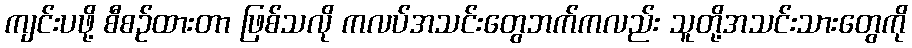
ကျင်းပဖို့ စီစဉ်ထားတာ ဖြစ်သလို ကလပ်အသင်းတွေဘက်ကလည်း သူတို့အသင်းသားတွေကို